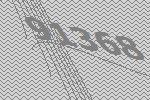
91368